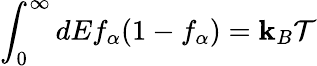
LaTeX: \int_{0}^{\infty}dEf_{\alpha}(1-f_{\alpha})=\mathbf{k}_{B}\mathcal{{T}}